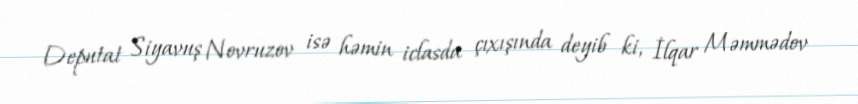
Deputat Siyavuş Novruzov isə həmin iclasda çıxışında deyib ki, İlqar Məmmədov